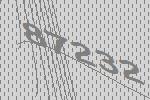
87232